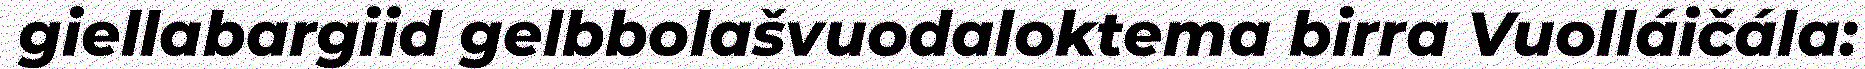
giellabargiid gelbbolašvuodaloktema birra Vuolláičála: